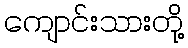
ကျောင်းသားတို့